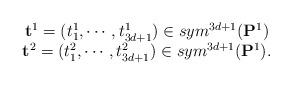
LaTeX: \begin{align*}\begin{array}{c}\mathbf t^1=(t_1^1, \cdots, t^1_{3d+1})\in sym^{3d+1}(\mathbf P^1)\\\mathbf t^2=(t_1^2, \cdots, t^2_{3d+1})\in sym^{3d+1}(\mathbf P^1).\end{array}\end{align*}